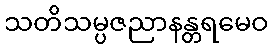
သတိသမ္ပဇညာနန္တရမေဝ